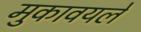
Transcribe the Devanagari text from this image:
मुकावयले